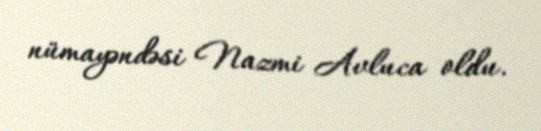
nümayəndəsi Nazmi Avluca oldu.